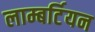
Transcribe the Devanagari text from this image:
लाम्बर्टियन